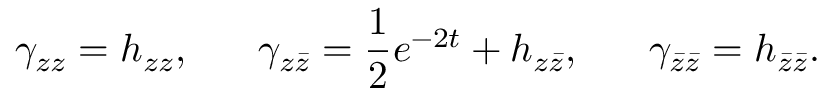
\gamma _ { z z } = h _ { z z } , ~ ~ ~ ~ ~ \gamma _ { z \bar { z } } = { \frac { 1 } { 2 } } e ^ { - 2 t } + h _ { z \bar { z } } , ~ ~ ~ ~ ~ \gamma _ { \bar { z } \bar { z } } = h _ { \bar { z } \bar { z } } .